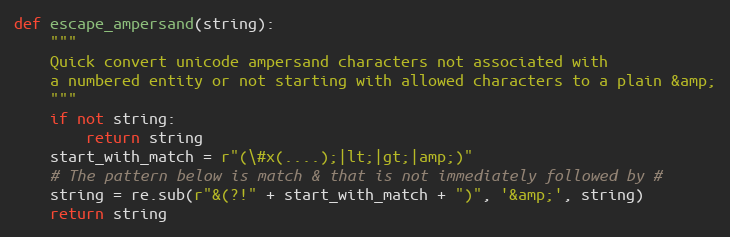
Language: Python
def escape_ampersand(string):
    """
    Quick convert unicode ampersand characters not associated with
    a numbered entity or not starting with allowed characters to a plain &amp;
    """
    if not string:
        return string
    start_with_match = r"(\#x(....);|lt;|gt;|amp;)"
    # The pattern below is match & that is not immediately followed by #
    string = re.sub(r"&(?!" + start_with_match + ")", '&amp;', string)
    return string